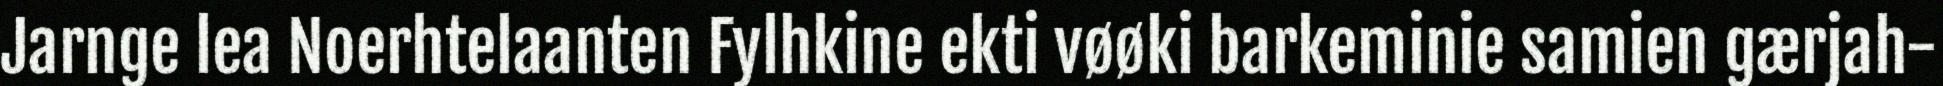
Jarnge lea Noerhtelaanten Fylhkine ekti vøøki barkeminie samien gærjah-